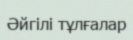
Әйгілі тұлғалар